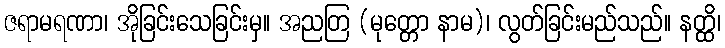
ဇရာမရဏာ၊ အိုခြင်းသေခြင်းမှ။ အညတြ (မုတ္တော နာမ)၊ လွတ်ခြင်းမည်သည်။ နတ္ထိ၊